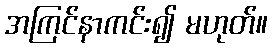
အကြင်နာကင်း၍ မဟုတ်။